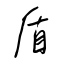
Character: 盾